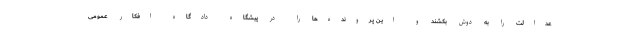
عدالت را به دوش بکشند و این پرونده‌ها را در پیشگاه دادگاه افکار عمومی